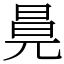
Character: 㫯